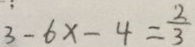
3 - 6 x - 4 = \frac { 2 } { 3 }